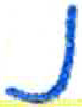
אות: נ